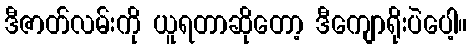
ဒီဇာတ်လမ်းကို ယူရတာဆိုတော့ ဒီကျောရိုးပဲပေါ့။